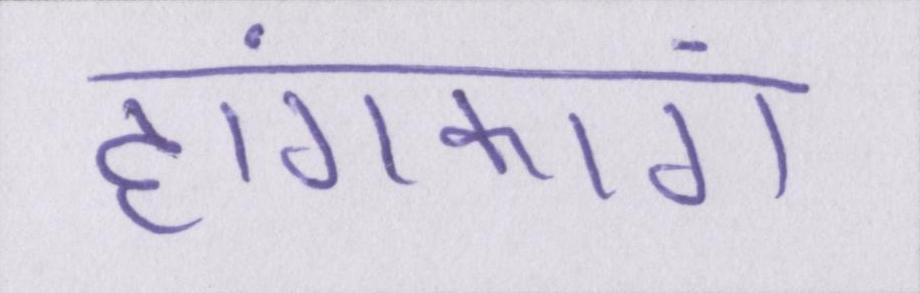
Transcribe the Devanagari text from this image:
हांगकांग